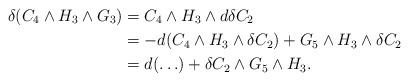
LaTeX: \begin{align*}\delta(C_4\wedge H_3\wedge G_3)&=C_4\wedge H_3\wedge d\delta C_2\\&=-d(C_4\wedge H_3\wedge \delta C_2)+G_5\wedge H_3\wedge \delta C_2\\&=d(\ldots)+\delta C_2\wedge G_5\wedge H_3.\end{align*}